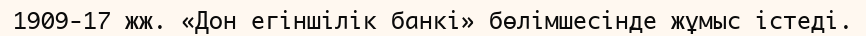
1909-17 жж. «Дон егіншілік банкі» бөлімшесінде жұмыс істеді.